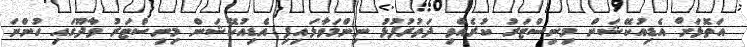
އަތޮޅަށް އެޑިއުކޭޝަން މިނިސްޓަރު ކުރެއްވި ދަތުރުފުޅު ނިންމަވާލައިފި އެޑިއުކޭޝަން މިނިސްޓަރު ވާދޫގައި ހުންނަ